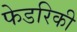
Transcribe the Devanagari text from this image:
फेडरिकी